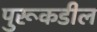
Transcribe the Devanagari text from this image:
पुरूकडील